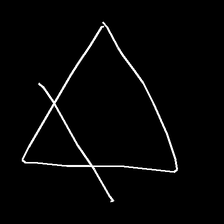
Glyph: empower